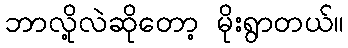
ဘာလို့လဲဆိုတော့ မိုးရွာတယ်။